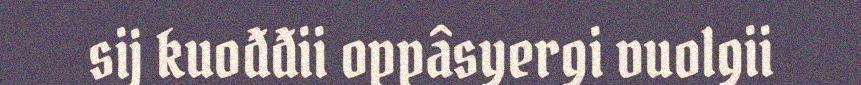
sij kuođđii oppâsyergi vuolgii